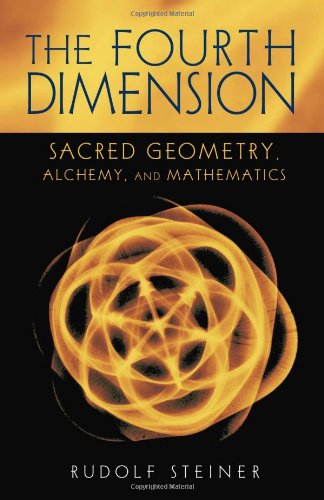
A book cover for The Fourth Dimension (Sacred Geometry, Alchemy, and Mathematics); Rudolf Steiner; Religion & Spirituality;